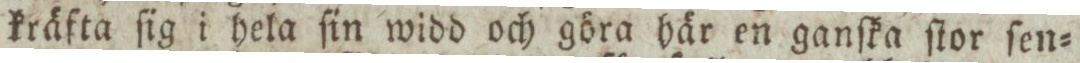
kräfta ſig i hela ſin widd och göra här en ganſka ſtor ſen=